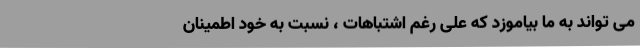
می تواند به ما بیاموزد که علی رغم اشتباهات ، نسبت به خود اطمینان